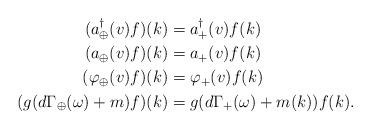
LaTeX: \begin{align*}(a^{\dagger}_{\oplus}(v)f)(k)&=a^{\dagger}_+(v)f(k)\\(a_{\oplus}(v)f)(k)&=a_+(v)f(k)\\(\varphi_{\oplus}(v)f)(k)&=\varphi_+(v)f(k)\\(g(d\Gamma_{\oplus}(\omega)+m)f)(k)& =g(d\Gamma_+(\omega)+m(k))f(k).\end{align*}